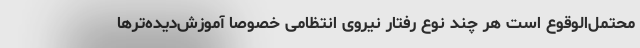
محتمل‌الوقوع است هر چند نوع رفتار نیروی انتظامی خصوصا آموزش‌دیده‌ترها